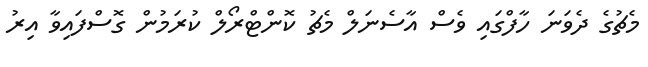
މެޗުގެ ދެވަނަ ހާފްގައި ވެސް އާސެނަލް މެޗު ކޮންޓްރޯލް ކުރަމުން ގޮސްފައިވާ އިރު